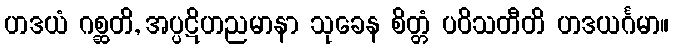
ဟဒယံ ဂစ္ဆတိ, အပ္ပဋိဟညမာနာ သုခေန စိတ္တံ ပဝိသတီတိ ဟဒယင်္ဂမာ။